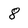
Character: 8